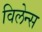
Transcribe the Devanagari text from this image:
विलेन्स